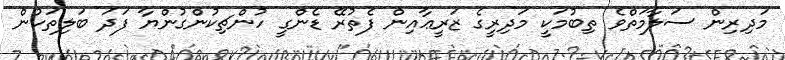
މަދިރިން ސަލާމަތްވެ ތިބުމަކީ މަދިރީގެ ޒަރީޢާއިން ފެތުރޭ ޑެންގީ ހުންޗިކުންގުންޔާ ފަދަ ބަލިތަކުން